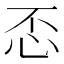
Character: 𢗫